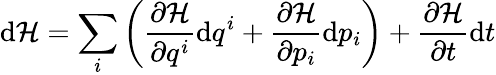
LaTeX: \mathrm{d}{\mathcal{H}}=\sum_{i}\left({\frac{\partial{\mathcal{H}}}{\partial q^{i}}}\mathrm{d}q^{i}+{\frac{\partial{\mathcal{H}}}{\partial p_{i}}}\mathrm{d}p_{i}\right)+{\frac{\partial{\mathcal{H}}}{\partial t}}\mathrm{d}t